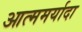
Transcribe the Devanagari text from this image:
आत्ममर्यादा